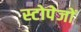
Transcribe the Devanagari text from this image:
स्टोपेजों